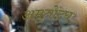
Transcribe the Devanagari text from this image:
अमृतोदय